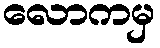
လောကမှ